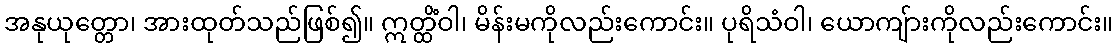
အနုယုတ္တော၊ အားထုတ်သည်ဖြစ်၍။ ဣတ္ထိံဝါ၊ မိန်းမကိုလည်းကောင်း။ ပုရိသံဝါ၊ ယောကျ်ားကိုလည်းကောင်း။